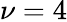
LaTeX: \nu=4